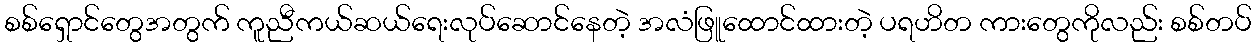
စစ်ရှောင်တွေအတွက် ကူညီကယ်ဆယ်ရေးလုပ်ဆောင်နေတဲ့ အလံဖြူထောင်ထားတဲ့ ပရဟိတ ကားတွေကိုလည်း စစ်တပ်